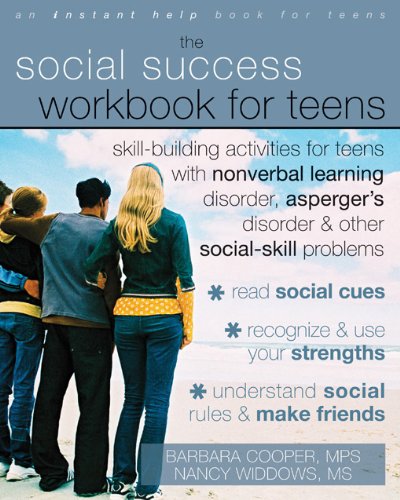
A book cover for The Social Success Workbook for Teens: Skill-Building Activities for Teens with Nonverbal Learning Disorder, Asperger's Disorder, and Other Social-Skill Problems (Instant Help Solutions); Barbara Cooper MPS; Teen & Young Adult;